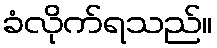
ခံလိုက်ရသည်။